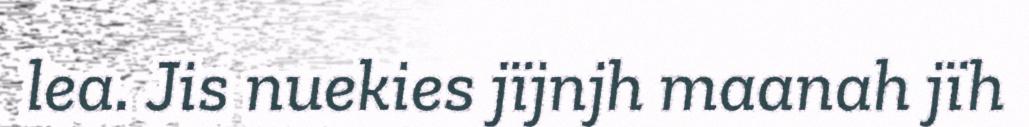
lea. Jis nuekies jïjnjh maanah jïh